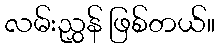
လမ်းညွှန် ဖြစ်တယ်။